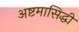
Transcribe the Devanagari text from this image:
अष्टमासिद्धी